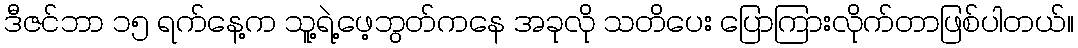
ဒီဇင်ဘာ ၁၅ ရက်နေ့က သူ့ရဲ့ဖေ့ဘွတ်ကနေ အခုလို သတိပေး ပြောကြားလိုက်တာဖြစ်ပါတယ်။